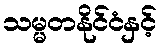
သမ္မတနိုင်ငံနှင့်